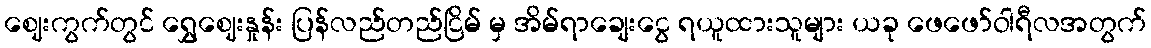
ဈေးကွက်တွင် ရွှေဈေးနှုန်း ပြန်လည်တည်ငြိမ် မှ အိမ်ရာချေးငွေ ရယူထားသူများ ယခု ဖေဖော်ဝါရီလအတွက်